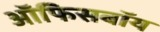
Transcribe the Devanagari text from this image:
ऑफिसबॉय